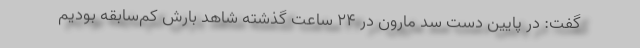
گفت: در پایین دست سد مارون در ۲۴ ساعت گذشته شاهد بارش کم‌سابقه بودیم